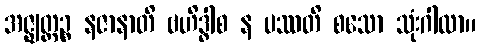
အဇ္ဈတ္တဉ္စ နဇာနာတိ ဗဟိဒ္ဓါစ န ပဿတိ စသော သုံးဂါထာ။